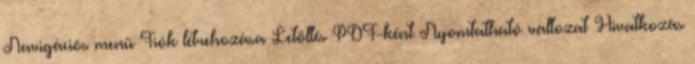
Navigációs menü Fiók létrehozása Letöltés PDF-ként Nyomtatható változat Hivatkozás